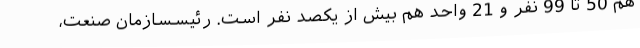
هم 50 تا 99 نفر و 21 واحد هم بیش از یکصد نفر است. رئیسسازمان صنعت،